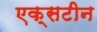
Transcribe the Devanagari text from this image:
एक्सटीन